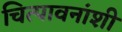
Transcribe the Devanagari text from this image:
चित्पावनांशी